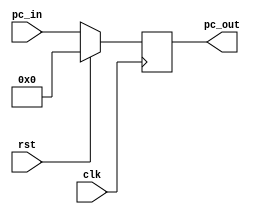
module pc (pc_in, pc_out, rst, clk);
input rst, clk;
input wire [31:0] pc_in;
output reg [31:0] pc_out;

always @(posedge clk) begin
    if (rst) pc_out = 32'd0;
    else pc_out = pc_in;
end

endmodule